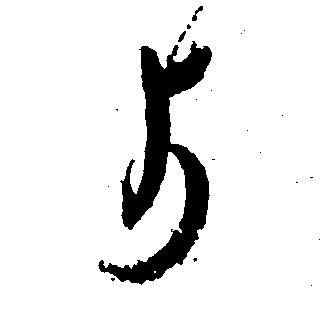
よ